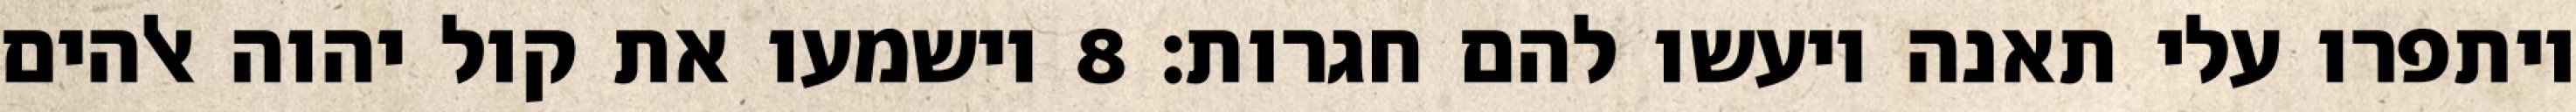
ויתפרו עלי תאנה ויעשו להם חגרות׃ ‎8‏ וישמעו את קול יהוה אלהים